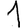
Digit: 1